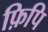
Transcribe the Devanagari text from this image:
फ़िपि